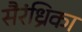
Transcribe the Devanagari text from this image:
सैरंध्रिका